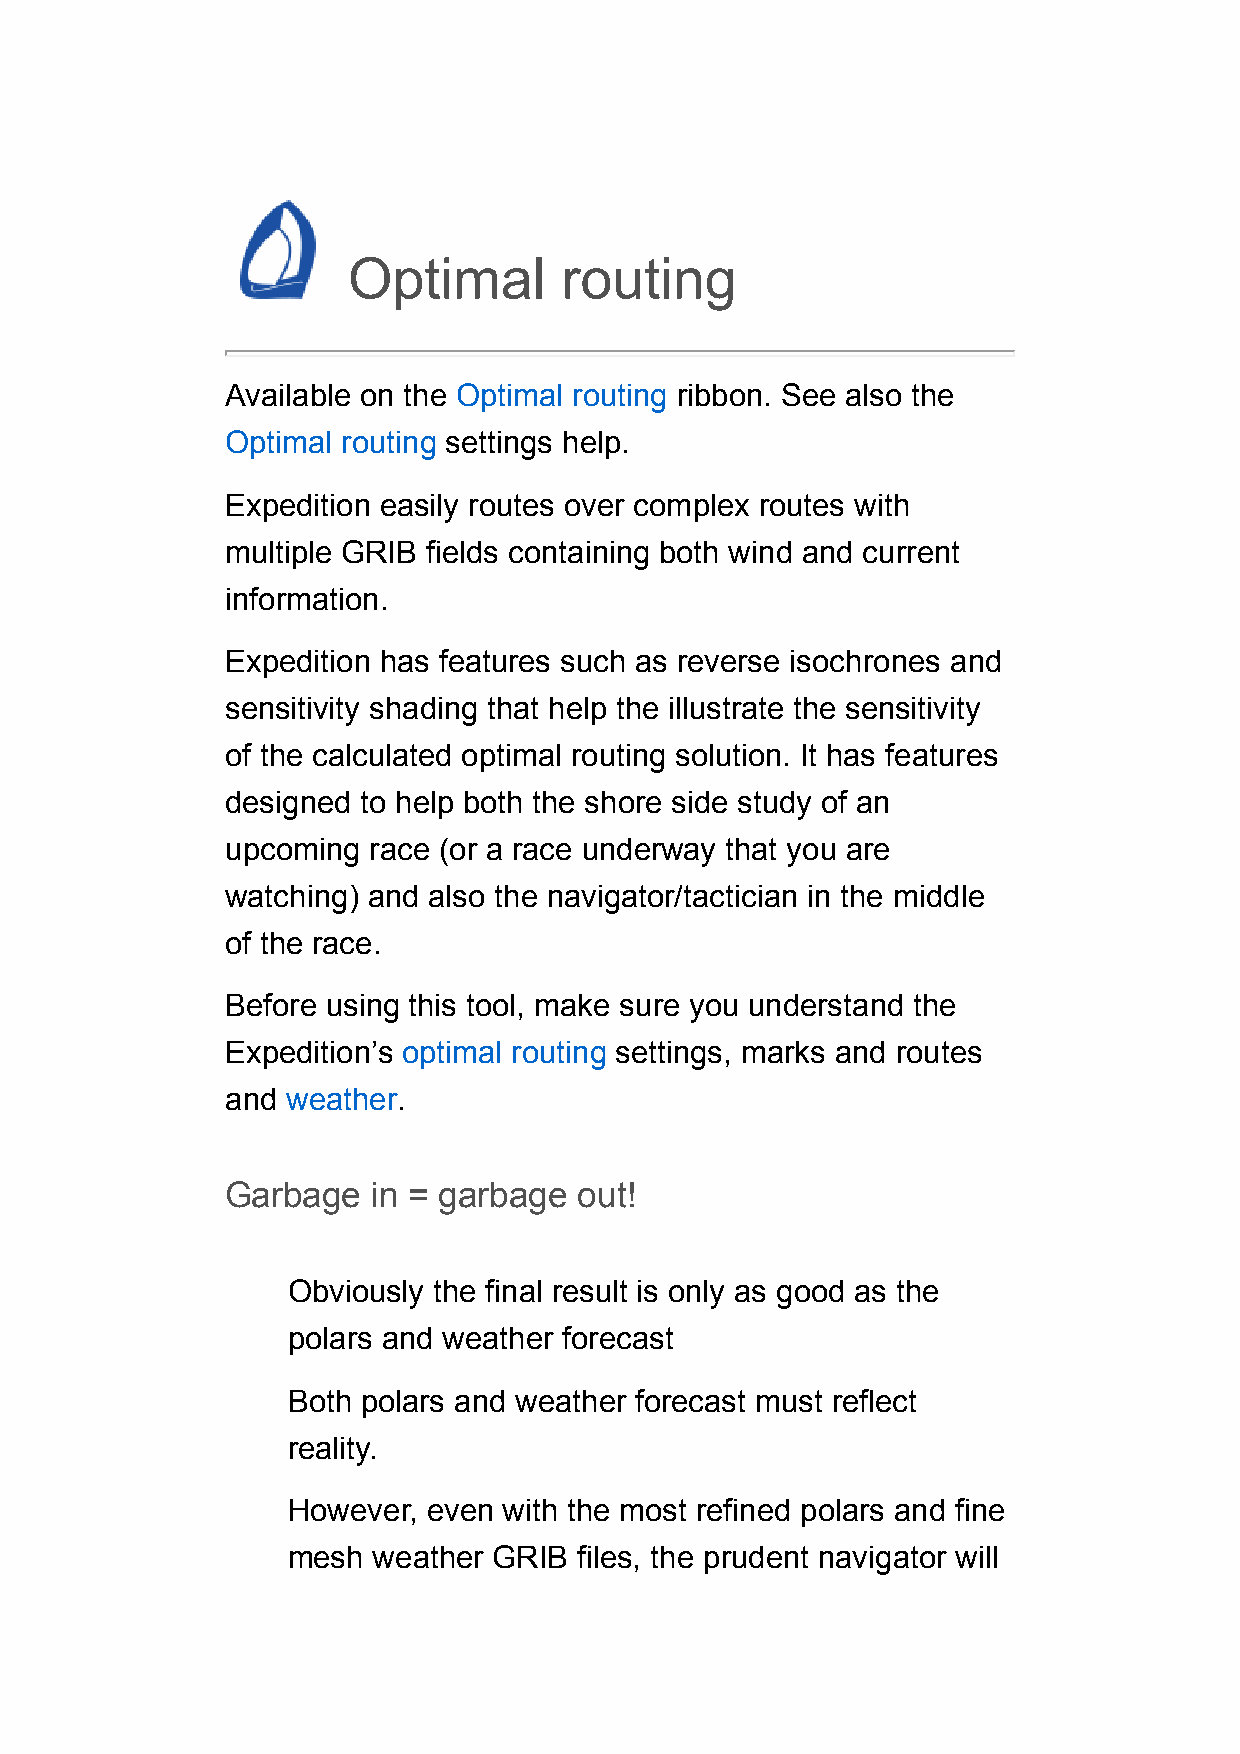
Optimal       routing
 Available on the Optimal routing ribbon. See also the
 Optimal routing settings help.
 Expedition easily routes over complex routes with
 multiple GRIB fields containing both wind and current
 information.
 Expedition has features such as reverse isochrones and
 sensitivity shading that help the illustrate the sensitivity
 of the calculated optimal routing solution. It has features
 designed to help both the shore side study of an
 upcoming race (or a race underway that you are
 watching) and also the navigator/tactician in the middle
 of the race.
 Before using this tool, make sure you understand the
 Expedition’s optimal routing settings, marks and routes
 and weather.
 Garbage   in = garbage out!
 Obviously the final result is only as good as the
 polars and weather forecast
 Both polars and weather forecast must reflect
 reality.
 However, even with the most refined polars and fine
 mesh  weather GRIB files, the prudent navigator will